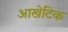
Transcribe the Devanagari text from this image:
आखेटिक